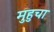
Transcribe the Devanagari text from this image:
मुहुचा